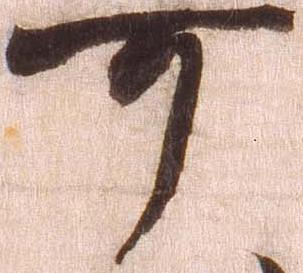
可